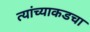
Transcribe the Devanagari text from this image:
त्यांच्याकडचा